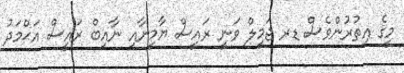
މީގެ އިތުރުންވެސް ޑރ ޖަމީލް ވަނީ ރައީސް ޔާމީނާއި ނާއިބް ރައީސް އަޙްމަދު